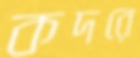
কদরে